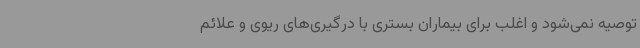
توصیه نمی‌شود و اغلب برای بیماران بستری با درگیری‌های ریوی و علائم